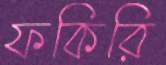
ফকিরি